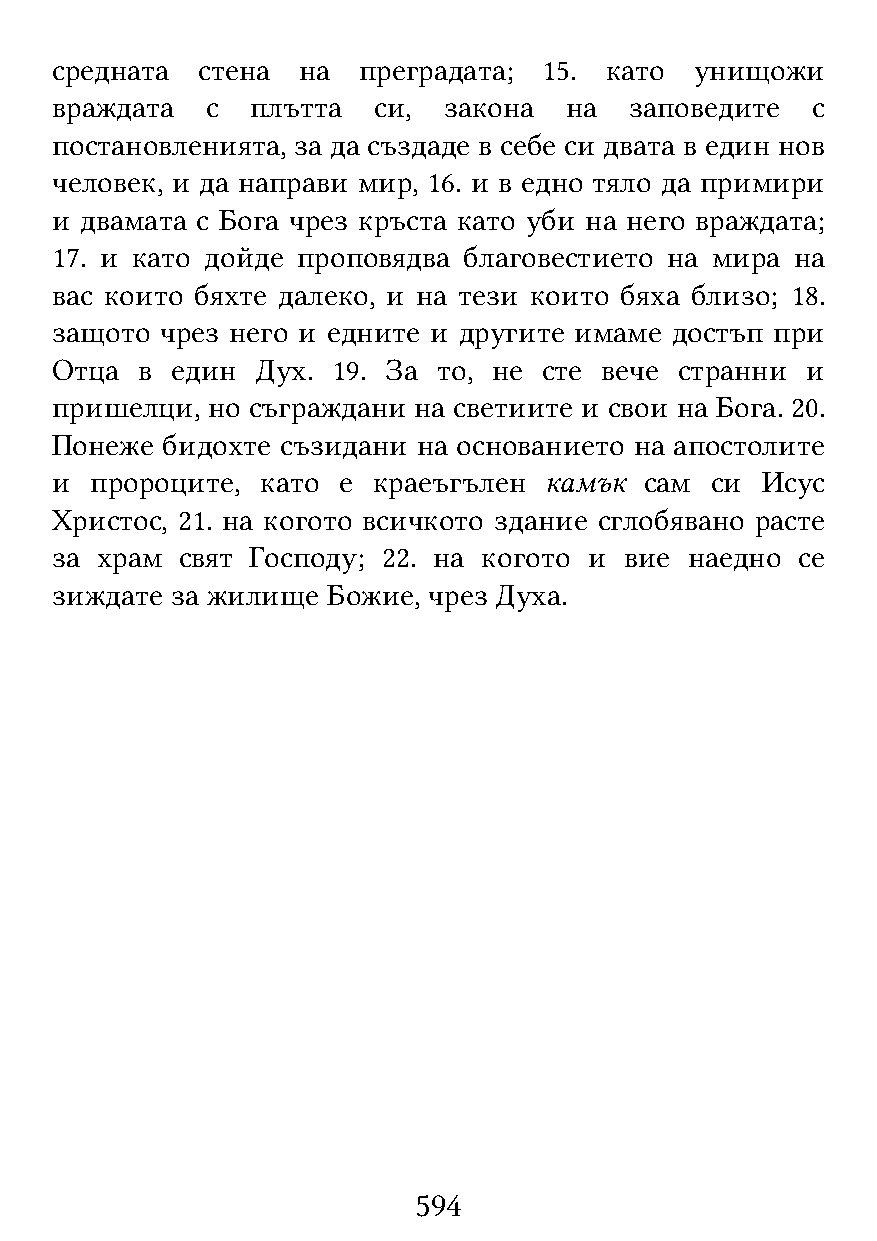
средната  стена  на  преградата; 15. като  унищожи
 враждата   с  плътта  си, закона  на   заповедите  с
 постановленията, за да създаде в себе си двата в един нов
 человек, и да направи мир, 16. и в едно тяло да примири
 и двамата с Бога чрез кръста като уби на него враждата;
 17. и като дойде проповядва благовестието на мира на
 вас които бяхте далеко, и на тези които бяха близо; 18.
 защото  чрез него и едните и другите имаме достъп при
 Отца  в един  Дух. 19. За то, не сте вече странни и
 пришелци,  но съграждани на светиите и свои на Бога. 20.
 Понеже  бидохте съзидани на основанието на апостолите
 и  пророците, като е  краеъгълен камък  сам си Исус
 Христос, 21. на когото всичкото здание сглобявано расте
 за храм  свят Господу; 22. на когото и вие наедно се
 зиждате за жилище  Божие, чрез Духа.
 594